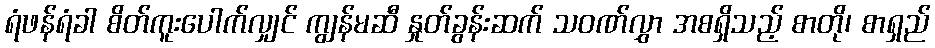
ရံဖန်ရံခါ စိတ်ကူးပေါက်လျှင် ကျွန်မဆီ နှုတ်ခွန်းဆက် သဝဏ်လွှာ အစရှိသည့် စာတို၊ စာရှည်